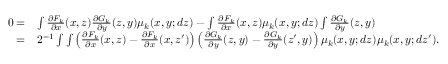
\begin{array} { r l } { 0 = } & { \int \frac { \partial F _ { k } } { \partial x } ( x , z ) \frac { \partial G _ { k } } { \partial y } ( z , y ) \mu _ { k } ( x , y ; d z ) - \int \frac { \partial F _ { k } } { \partial x } ( x , z ) \mu _ { k } ( x , y ; d z ) \int \frac { \partial G _ { k } } { \partial y } ( z , y ) } \\ { = } & { 2 ^ { - 1 } \int \int \left( \frac { \partial F _ { k } } { \partial x } ( x , z ) - \frac { \partial F _ { k } } { \partial x } ( x , z ^ { \prime } ) \right) \left( \frac { \partial G _ { k } } { \partial y } ( z , y ) - \frac { \partial G _ { k } } { \partial y } ( z ^ { \prime } , y ) \right) \mu _ { k } ( x , y ; d z ) \mu _ { k } ( x , y ; d z ^ { \prime } ) . } \end{array}